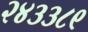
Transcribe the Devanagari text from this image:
२४३३८९